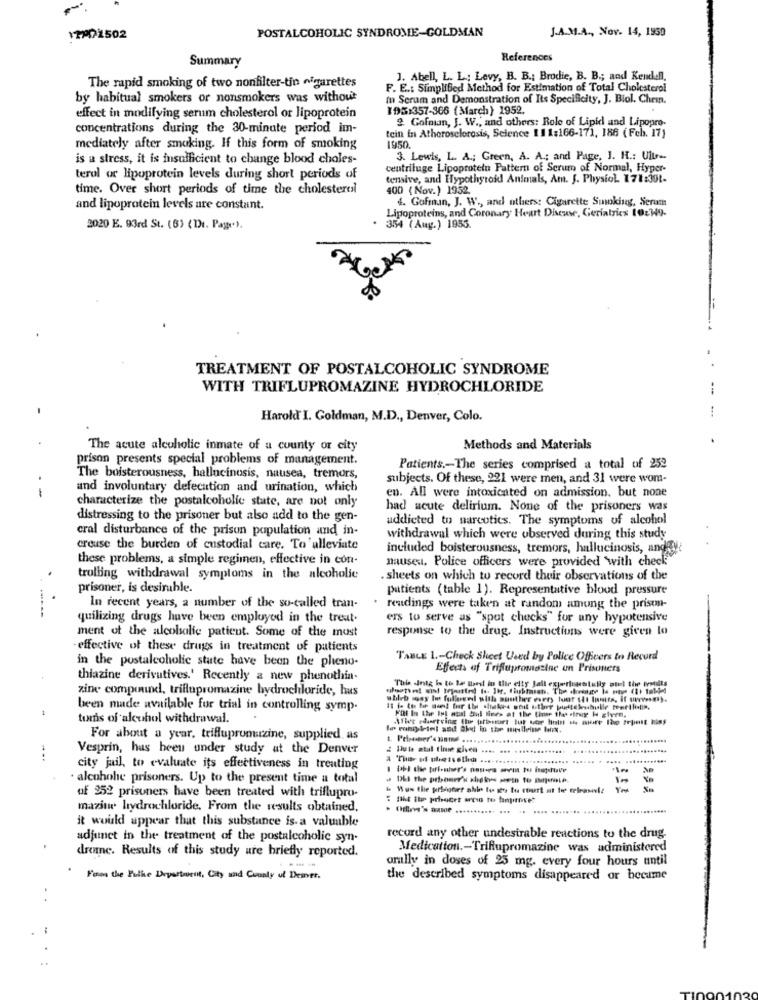
POSTALCOHOLIC SYNDROME-GOLDMAN
J.A.M.A ., Nov. 14, 1950
17002502
Summary
References
J. Abell, L. L .: Levy, B. B .: Brodie, B. B .; and Kendell.
The rapid smoking of two nonfilter-tin cigarettes
F. E .: Simplified Method for Estimation of Total Cholesterol
by habitual smokers or nonsmokers was without
In Serum and Demonstration of Its Specificity, J. Biol. Chrin.
195:357-366 (March} 1952.
effect in modifying serum cholesterol or lipoprotein
2 Gofman, J. W ., and others: Role of Lipid and Lipopro-
concentrations during the 30-minute period im-
tein in Atherosclerosis, Selence 1.1 1:166-171, 186 (Feb. 17)
1950.
mediately after smoking. If this form of smoking
is a stress, it is insufficient to change blood choles-
3. Lewis, L. A .; Green, A. A .: and Page, J. H .: Ult
centrifuge Lipoprotein Pattern of Serum of Normal, Hyper-
terol or lipoprotein levels during short periods of
tensive, and Hypothyroid Animals, Am. J. Physiol 171:30t-
time. Over short periods of time the cholesterol
400 ( Nov.) 1952.
4. Gofman, J. W ., and others: Cigarette Smoking, Serum
and lipoprotein levels are constant.
Lipoproteins, and Coronary Heart Disease, Geriatrics 102349-
2020 E. 93rd St. (6) (Dr. Page").
. 354 ( Aug.) 1953.
TREATMENT OF POSTALCOHOLIC SYNDROME
WITH TRIFLUPROMAZINE HYDROCHLORIDE
Harold I. Goldman, M.D ., Denver, Colo.
The acute alcoholic inmate of a county or city
Methods and Materials
prison presents special problems of management.
Patients .- The series comprised a total of 252
The boisterousness, hallucinosis, nausea, tremors,
subjects. Of these, 221 were men, and 31 were wom-
and involuntary defecation and urination, which
characterize the postalcoholic state, are not only
en. All were intoxicated on admission, but none
had acute delirium. None of the prisoners was
distressing to the prisoner but also add to the gen-
addicted to narcotics. The symptoms of alcohol
cral disturbance of the prisun population and in-
withdrawal which were observed during this study
ercuse the burden of custodial care. To 'alleviate
included boisterousness, tremors, hallucinosis, anddye
these problems, a simple regimen, effective in con-
nausea. Police officers were provided with check
trolling withdrawal symptoms in the alcoholic
. sheets on which to record their observations of the
prisoner, is desirable.
patients (table 1). Representative blood pressure
In recent years, a number of the so-called tran-
readings were taken at random among the prison-
quilizing drugs have been employed in the treat.
ers to serve as "spot checks" for any hypotensive
response to the drug. Instructions were given lo
ment of the alcobalie patient. Some of the must
-effective of these drugs in treatment of patients
in the postalcoholic state have been the pheno-
TABLE 1 .- Check Sheet Used by Police Officers to Record
Effects of Trifupromazine un Prisoners
thiazine derivatives.' Recently a new phenothia-
zine compound, triflupromazine hydrochloride, hus
This dois is to be used in the city Jall experimentally and the world
whileb oss Ie fulloved with gunther every tuur sås Iamire, if wwwvem).
been made available for trial in controlling symp-
Pal In the Int aus! Sul fines at the time the .frug H giyen.
tis of alcohol withdrawal.
Aflet deserving Ihr prissur tut ube hot ch more lho tepett hins
For about a year, telflupromazine, supplied, as
Vesprin, has been under study at the Denver
2 Date atal fine givea ....
....
city jail, to evaluate its effectiveness in treating
· alcohohe prisoners. Up to the present time a total
of 252 prisoners have been treated with triflupro-
mazine hydrochloride. From the results obtained,
.......
it would appear that this substance is- a valuable
adjunct in the treatment of the postalcoholic syn-
record any other undesirable reactions to the drug.
drome. Results of this study are briefly reported.
Medication .- Trifupromazine was administered
orally in doses of 25 mg. every four hours until
----
From the Police Department, City and Conaly of Denver.
the described symptoms disappeared or becume